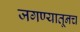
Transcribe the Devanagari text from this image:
जगण्यातूनच